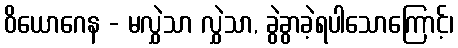
ဝိယောဂေန - မလွှဲသာ လွှဲသာ, ခွဲခွာခဲ့ရပါသောကြောင့်၊